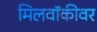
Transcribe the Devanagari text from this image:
मिलवॉकीवर